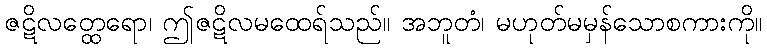
ဇဋိလတ္ထေရော၊ ဤဇဋိလမထေရ်သည်။ အဘူတံ၊ မဟုတ်မမှန်သောစကားကို။